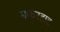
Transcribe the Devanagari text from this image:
माचरहाट